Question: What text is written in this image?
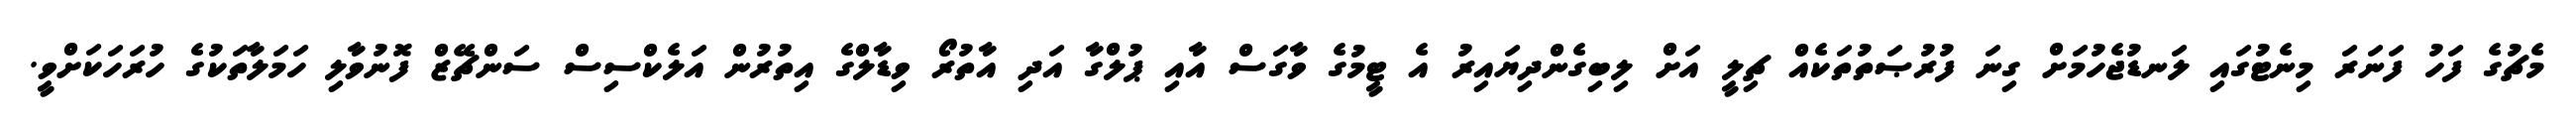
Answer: މެޗުގެ ފަހު ފަނަރަ މިނެޓުގައި ލަނޑުޖެހުމަށް ގިނަ ފުރުޞަތުތަކެއް ޗިލީ އަށް ލިބިގެންދިޔައިރު އެ ޓީމުގެ ވާގަސް އާއި ޕުލްގާ އަދި އާތުރޯ ވިޑާލްގެ އިތުރުން އަލެކްސިސް ސަންޗޭޒް ފޮނުވާލި ހަމަލާތަކުގެ ހުރަހަކަށްވީ.